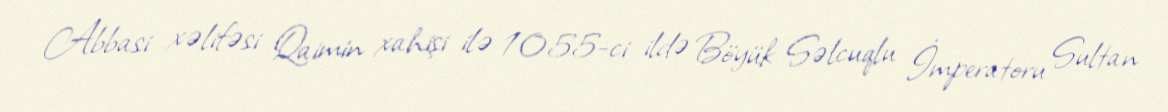
Abbasi xəlifəsi Qaimin xahişi ilə 1055-ci ildə Böyük Səlcuqlu İmperatoru Sultan